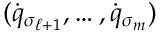
( { \dot { q } } _ { \sigma _ { \ell + 1 } } , \dots , { \dot { q } } _ { \sigma _ { m } } )